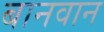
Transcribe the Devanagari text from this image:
बानवान